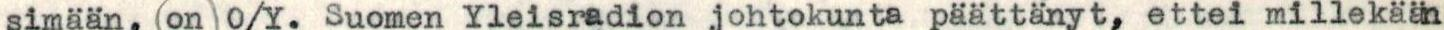
simään, (on)O/Y. Suomen Yleisradion johtokunta päättänyt, ettei millekään